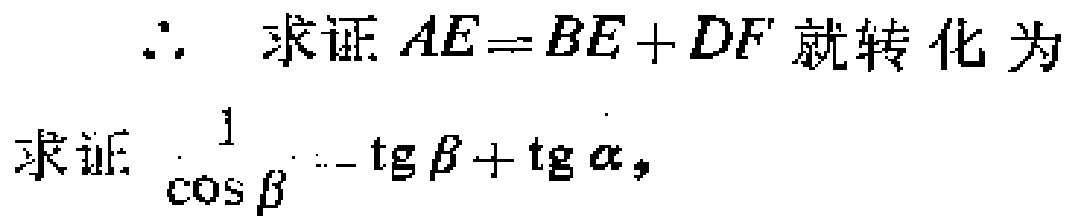
\(\therefore\) 求证 \(AE = BE + DF\) 就转化为
求证 \(\frac{1}{\cos\beta}=\tg\beta+\tg\alpha\)，